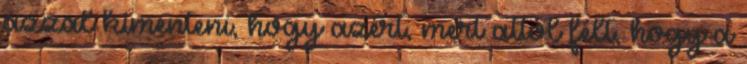
azzal kimenteni, hogy azért, mert attól félt, hogy a